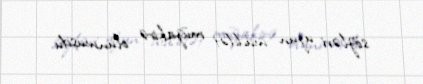
sözləri uzun müddət müzakirə olunmuşdu.